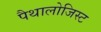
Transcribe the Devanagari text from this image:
पैथालोजिस्ट